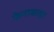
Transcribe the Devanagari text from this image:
फेनाकाइट